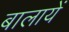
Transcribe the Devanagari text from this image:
बालायें